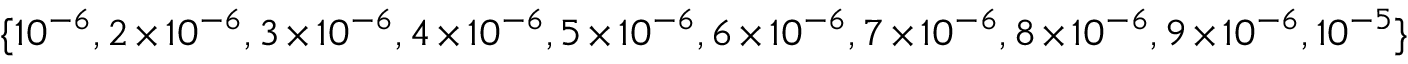
\{ 1 0 ^ { - 6 } , 2 \times 1 0 ^ { - 6 } , 3 \times 1 0 ^ { - 6 } , 4 \times 1 0 ^ { - 6 } , 5 \times 1 0 ^ { - 6 } , 6 \times 1 0 ^ { - 6 } , 7 \times 1 0 ^ { - 6 } , 8 \times 1 0 ^ { - 6 } , 9 \times 1 0 ^ { - 6 } , 1 0 ^ { - 5 } \}